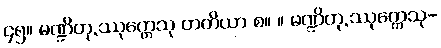
၄၅။ မဏ္ဍိတု.ဿုက္ကေသု တတိယာ စ။ ။ မဏ္ဍိတု.ဿုက္ကေသု-